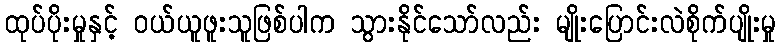
ထုပ်ပိုးမှုနှင့် ဝယ်ယူဖူးသူဖြစ်ပါက သွားနိုင်သော်လည်း မျိုးပြောင်းလဲစိုက်ပျိုးမှု